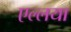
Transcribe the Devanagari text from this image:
एल्लया